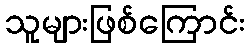
သူများဖြစ်ကြောင်း